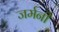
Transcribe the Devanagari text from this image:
जर्मनी